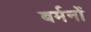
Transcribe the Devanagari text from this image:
बर्मनों